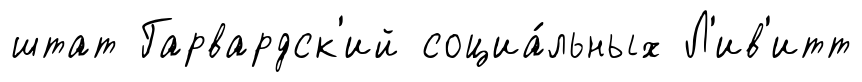
штат Гарвардск'ий социа́льных Л'ив'итт